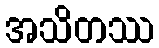
အသိတဿ